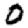
Digit: 0